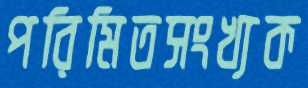
পরিমিতসংখ্যক